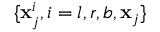
\{ \mathbf { x } _ { j } ^ { i } , i = l , r , b , \mathbf { x } _ { j } \}